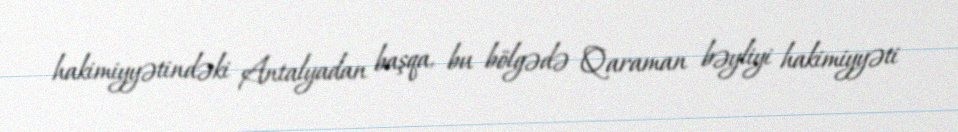
hakimiyyətindəki Antalyadan başqa, bu bölgədə Qaraman bəyliyi hakimiyyəti